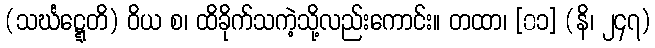
(သင်္ဃဋ္ဋေတိ) ဝိယ စ၊ ထိခိုက်သကဲ့သို့လည်းကောင်း။ တထာ၊ [၀၁] (နိ၊ ၂၄၇)